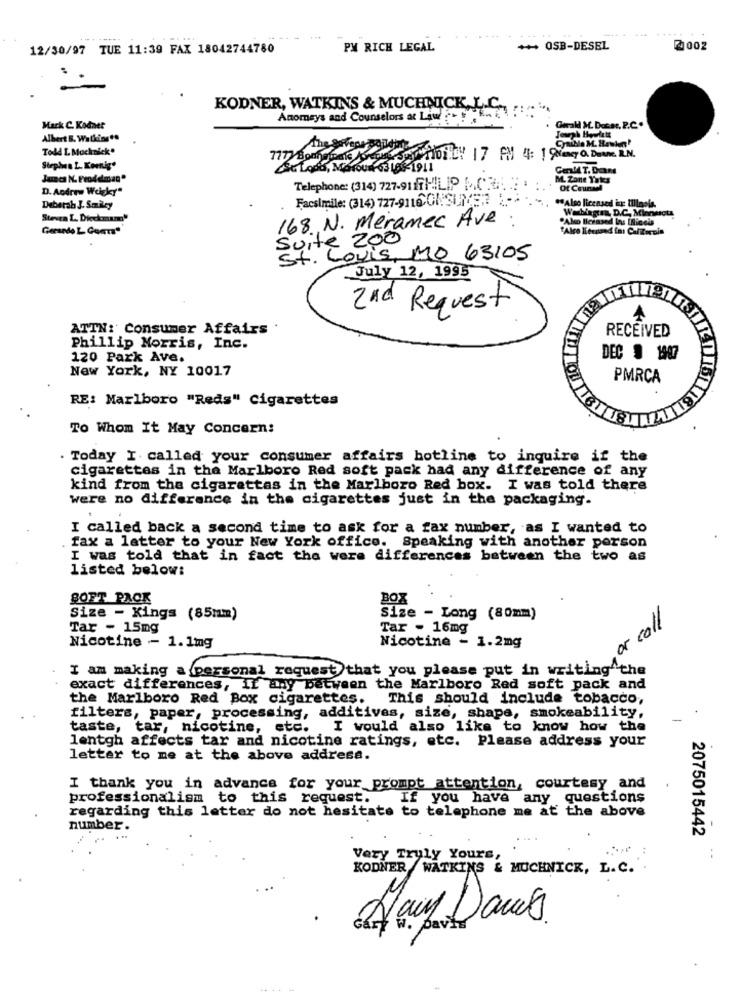
12/30/97 TUE 11:39 FAX 18042744780
PM RICH LEGAL
+++ OSB-DESEL
2002
KODNER, WATKINS & MUCHNICK, L.C ., ......
Anomeys and Counselors at Law! !
Mark C. Kodnet
Jouph Hewlett
Albert S. Walking ..
Cyaibla M. Ranken!
Todd L Mucknick.
Stephen L. Koenig"
CSC Lods, Morou 6318 -1911
CenMl T. Dans
Junca N. Feod diman"
ML Zone Yates
D. Andrew Weigky"
Telephone: (314) 727-91 /7HILIP P.
Of Courseel
Facsimile: (314) 727-9116 01:31/57
.Also licensed in: Illinois.
Deberab J. Smiley
Washington D.C. Minnesota
Steven L. Dieckmang'
168 N. Meramec Ave
Gerando L Guers"
"Alce Lieuand ini CalZeroin
Suite 200
St. Louis, MO 63105
July 12, 1995
2nd Request
ATTN:' Consumer Affairs .
RECEIVED
Phillip Morris, Inc.
120 Park Ave.
DEC 9 1907
New York, NY 10017
PMRÇA
RE: Marlboro "Reds" Cigarettes
To Whom It May Concern:
Today I called your consumer affairs hotline to inquire if the
cigarettes in the Marlboro Red soft pack had any difference of any
kind from the cigarettas in the Marlboro Red box. I was told there
were no difference in the cigarettes just in the packaging.
I called back a second time to ask for a fax number, as I wanted to
fax a letter to your New York office. Speaking with another person
I was told that in fact the were differences between the two as
listed below:
BOET PACK
BOX
, or coll
Size - Kings (85mm)
Size - Long (80mm)
Tar - 15mg
Tar - 16mg
Nicotine - 1.2mg
Nicotine - 1.1mg
I am making a personal request that you please put in writing the
exact differences, if any between the Marlboro Red soft pack and
the Marlboro Red Box cigarettes. This should include tobacco,
filters, paper, processing, additives, size, shape, smokeability,
taste, tar, nicotine, etc. I would also like to know how the
lentgh affects tar and nicotine ratings, etc. Please address your
letter to me at the above address.
I thank you in advance for your prompt attention, courtesy and
professionalism to this request. If you have any questions
regarding this letter do not hesitate to telephone me at the above
number.
2075015442
Very Truly Yours,
--
KODNER /WATKINS & MUCHNICK, L. C.
Hay Dans.